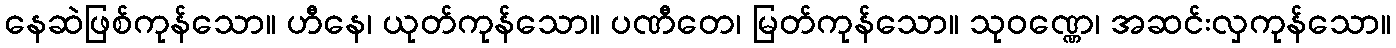
နေဆဲဖြစ်ကုန်သော။ ဟီနေ၊ ယုတ်ကုန်သော။ ပဏီတေ၊ မြတ်ကုန်သော။ သုဝဏ္ဏေ၊ အဆင်းလှကုန်သော။